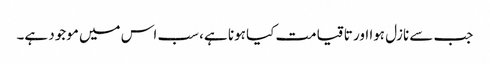
جب سے نازل ہوا اور تا قیامت کیا ہونا ہے، سب اس میں موجود ہے۔